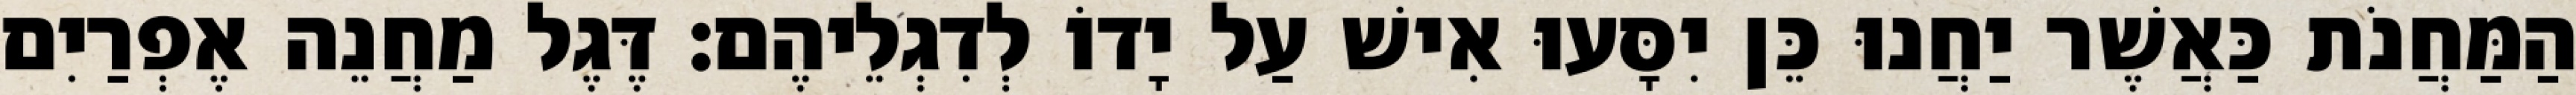
הַמַּחֲנֹת כַּאֲשֶׁר יַחֲנוּ כֵּן יִסָּעוּ אִישׁ עַל יָדוֹ לְדִגְלֵיהֶם׃ דֶּגֶל מַחֲנֵה אֶפְרַיִם